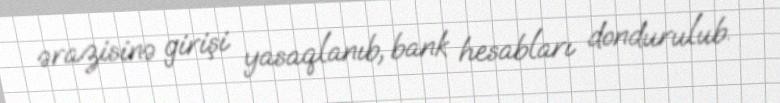
ərazisinə girişi yasaqlanıb, bank hesabları dondurulub.